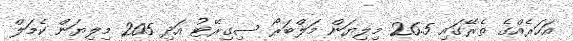
އަހަރެއްގެ ތެރޭގައި 26.5 މިލިޔަން މަލްބަރޯ ސިގިރޭޓު އަދި 205 މިލިޔަން ކެމަލް